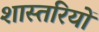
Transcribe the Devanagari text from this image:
शास्तरियों